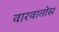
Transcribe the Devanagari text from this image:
वारवातोस